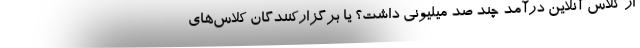
از کلاس آنلاین درآمد چند صد میلیونی داشت؟ یا برگزارکنندگان کلاس‌های